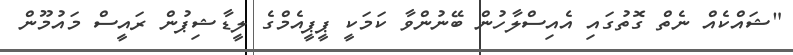
"ޝައްކެއް ނެތް ގޮތުގައި އެއިސްލާހުން ބޭނުންވާ ކަމަކީ ޕީޕީއެމްގެ ލީޑާޝިޕުން ރައީސް މައުމޫން